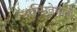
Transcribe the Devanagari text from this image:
अस्मितेसाठी